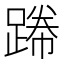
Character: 𲃸